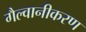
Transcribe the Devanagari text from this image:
गैल्वानीकरण